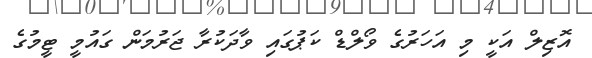
އޮޒިލް އަކީ މި އަހަރުގެ ވޯލްޑް ކަޕުގައި ވާދަކުރާ ޖަރުމަން ގައުމީ ޓީމުގެ